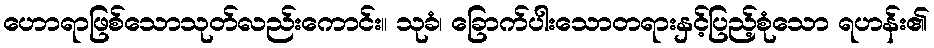
ဟောရာဖြစ်သောသုတ်လည်းကောင်း။ သုခံ၊ ခြောက်ပါးသောတရားနှင့်ပြည့်စုံသော ရဟန်း၏